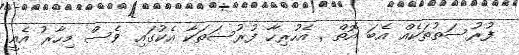
ފުރުސަތުތަކެއް އެބަ އޮތް